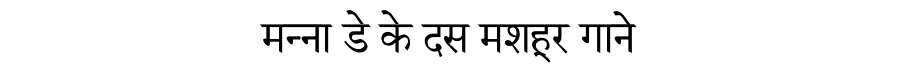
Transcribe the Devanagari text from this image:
मन्ना डे के दस मशहूर गाने